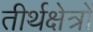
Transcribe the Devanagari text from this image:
तीर्थक्षेत्रों